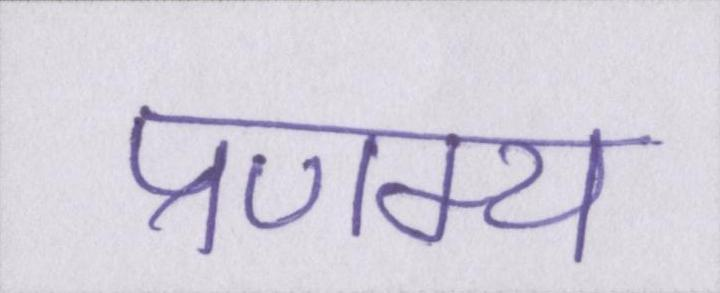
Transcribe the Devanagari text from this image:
प्रणम्य